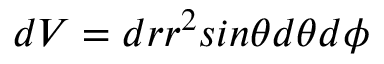
d V = d r r ^ { 2 } s i n \theta d \theta d \phi